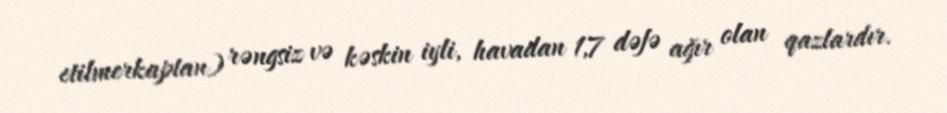
etilmerkaptan) rəngsiz və kəskin iyli, havadan 1,7 dəfə ağır olan qazlardır.